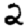
Digit: 2